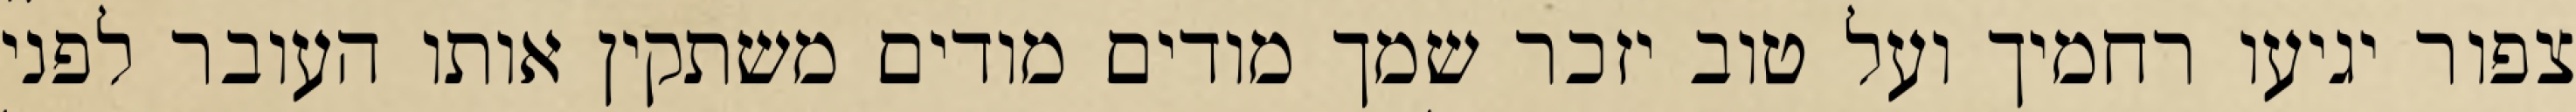
צפור יגיעו רחמיך ועל טוב יזכר שמך מודים מודים משתקין אותו העובר לפני